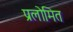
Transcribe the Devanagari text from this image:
प्रलोमित